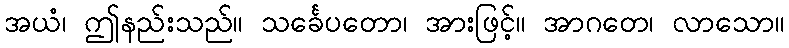
အယံ၊ ဤနည်းသည်။ သင်္ခေပတော၊ အားဖြင့်။ အာဂတေ၊ လာသော။